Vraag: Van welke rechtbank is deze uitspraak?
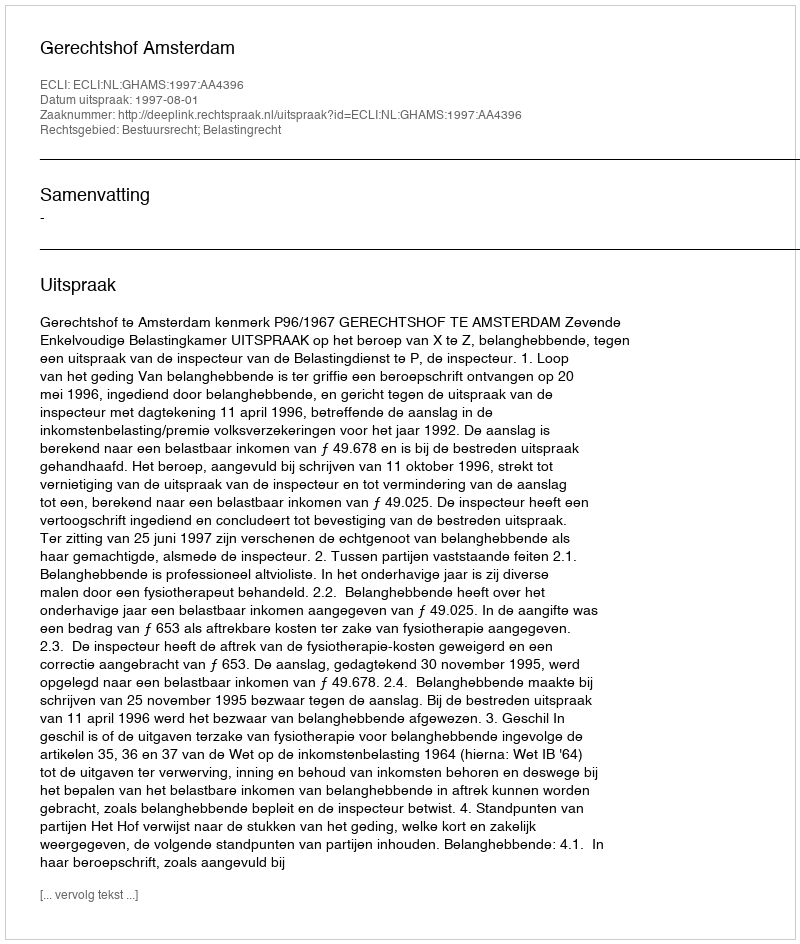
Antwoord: Gerechtshof Amsterdam